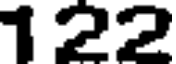
122